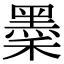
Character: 𪐺